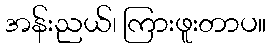
အန်းညယ်၊ ကြားဖူးတာပ။